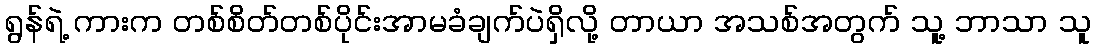
ရွန်ရဲ့ ကားက တစ်စိတ်တစ်ပိုင်းအာမခံချက်ပဲရှိလို့ တာယာ အသစ်အတွက် သူ့ ဘာသာ သူ